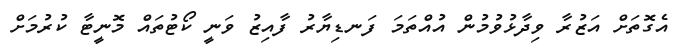
އެގޮތަށް އަޒުރާ ވިދާޅުވުމުން އުއްތަމަ ފަނޑިޔާރު ފާއިޒު ވަނީ ކޯޓުތައް މޮނީޓާ ކުރުމަށް